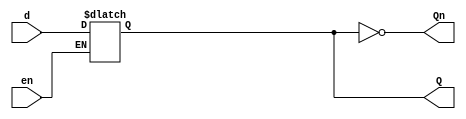
module Dlatch(

   input d,
   input en,
   output  Q,
   output Qn
);


reg latch;

always @(d or en) begin

    if(en) 
        latch<=d;
    
end

assign Q=latch;
assign Qn=~Q;

endmodule